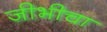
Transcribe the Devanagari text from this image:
जीभीचा